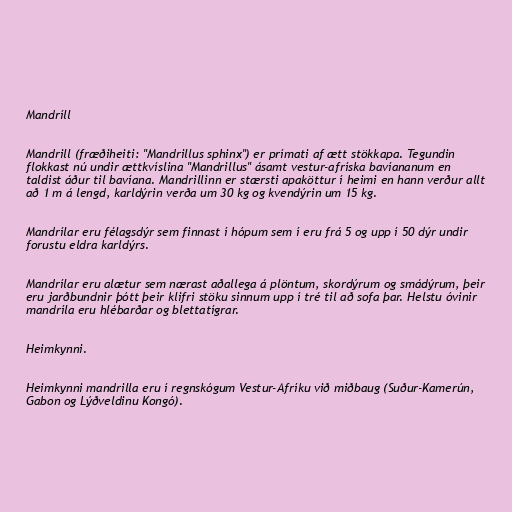
Mandríll

Mandrill (fræðiheiti: "Mandrillus sphinx") er prímati af ætt stökkapa. Tegundin
flokkast nú undir ættkvíslina "Mandrillus" ásamt vestur-afríska bavíananum en
taldist áður til bavíana. Mandrillinn er stærsti apaköttur í heimi en hann verður allt
að 1 m á lengd, karldýrin verða um 30 kg og kvendýrin um 15 kg.

Mandrílar eru félagsdýr sem finnast í hópum sem í eru frá 5 og upp í 50 dýr undir
forustu eldra karldýrs.

Mandrílar eru alætur sem nærast aðallega á plöntum, skordýrum og smádýrum, þeir
eru jarðbundnir þótt þeir klifri stöku sinnum upp í tré til að sofa þar. Helstu óvinir
mandríla eru hlébarðar og blettatígrar.

Heimkynni.

Heimkynni mandrilla eru í regnskógum Vestur-Afríku við miðbaug (Suður-Kamerún,
Gabon og Lýðveldinu Kongó).